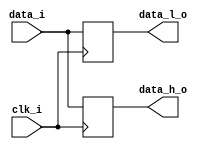
// This program was cloned from: https://github.com/IObundle/iob-soc
// License: MIT License

/*****************************************************************************

  Copyright (C) 2020 IObundle, Lda  All rights reserved

******************************************************************************/
`timescale 1ns / 1ps

module altddio_in #(
   parameter DATA_W = 21
) (
   input                   clk_i,
   input      [DATA_W-1:0] data_i,
   output reg [DATA_W-1:0] data_l_o,
   output reg [DATA_W-1:0] data_h_o
);

   always @(posedge clk_i) data_h_o <= data_i;

   always @(negedge clk_i) data_l_o <= data_i;

endmodule